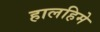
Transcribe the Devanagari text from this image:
हालहिमे